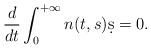
LaTeX: \begin{align*} \frac{d}{dt} \int_{0}^{+\infty} n(t,s) \d s = 0.\end{align*}